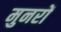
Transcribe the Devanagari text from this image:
मुनरों